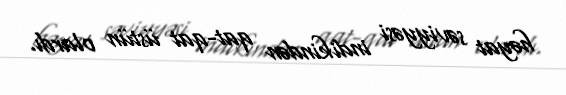
həyat səviyyəsi indikindən qat-qat üstün olardı.